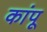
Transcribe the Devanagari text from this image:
कांपू